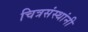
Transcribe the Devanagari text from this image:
चित्रसंस्थांनी